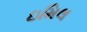
ઇમિલ